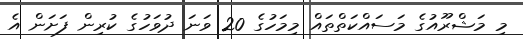
މި މަޝްރޫއުގެ މަސައްކަތްތައް މިމަހުގެ 20 ވަނަ ދުވަހުގެ ކުރިން ފަށަން އެ